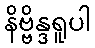
နိဗ္ဗိန္ဒရူပါ